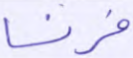
فرنسا